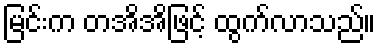
မြင်းက တအိအိဖြင့် ထွက်လာသည်။